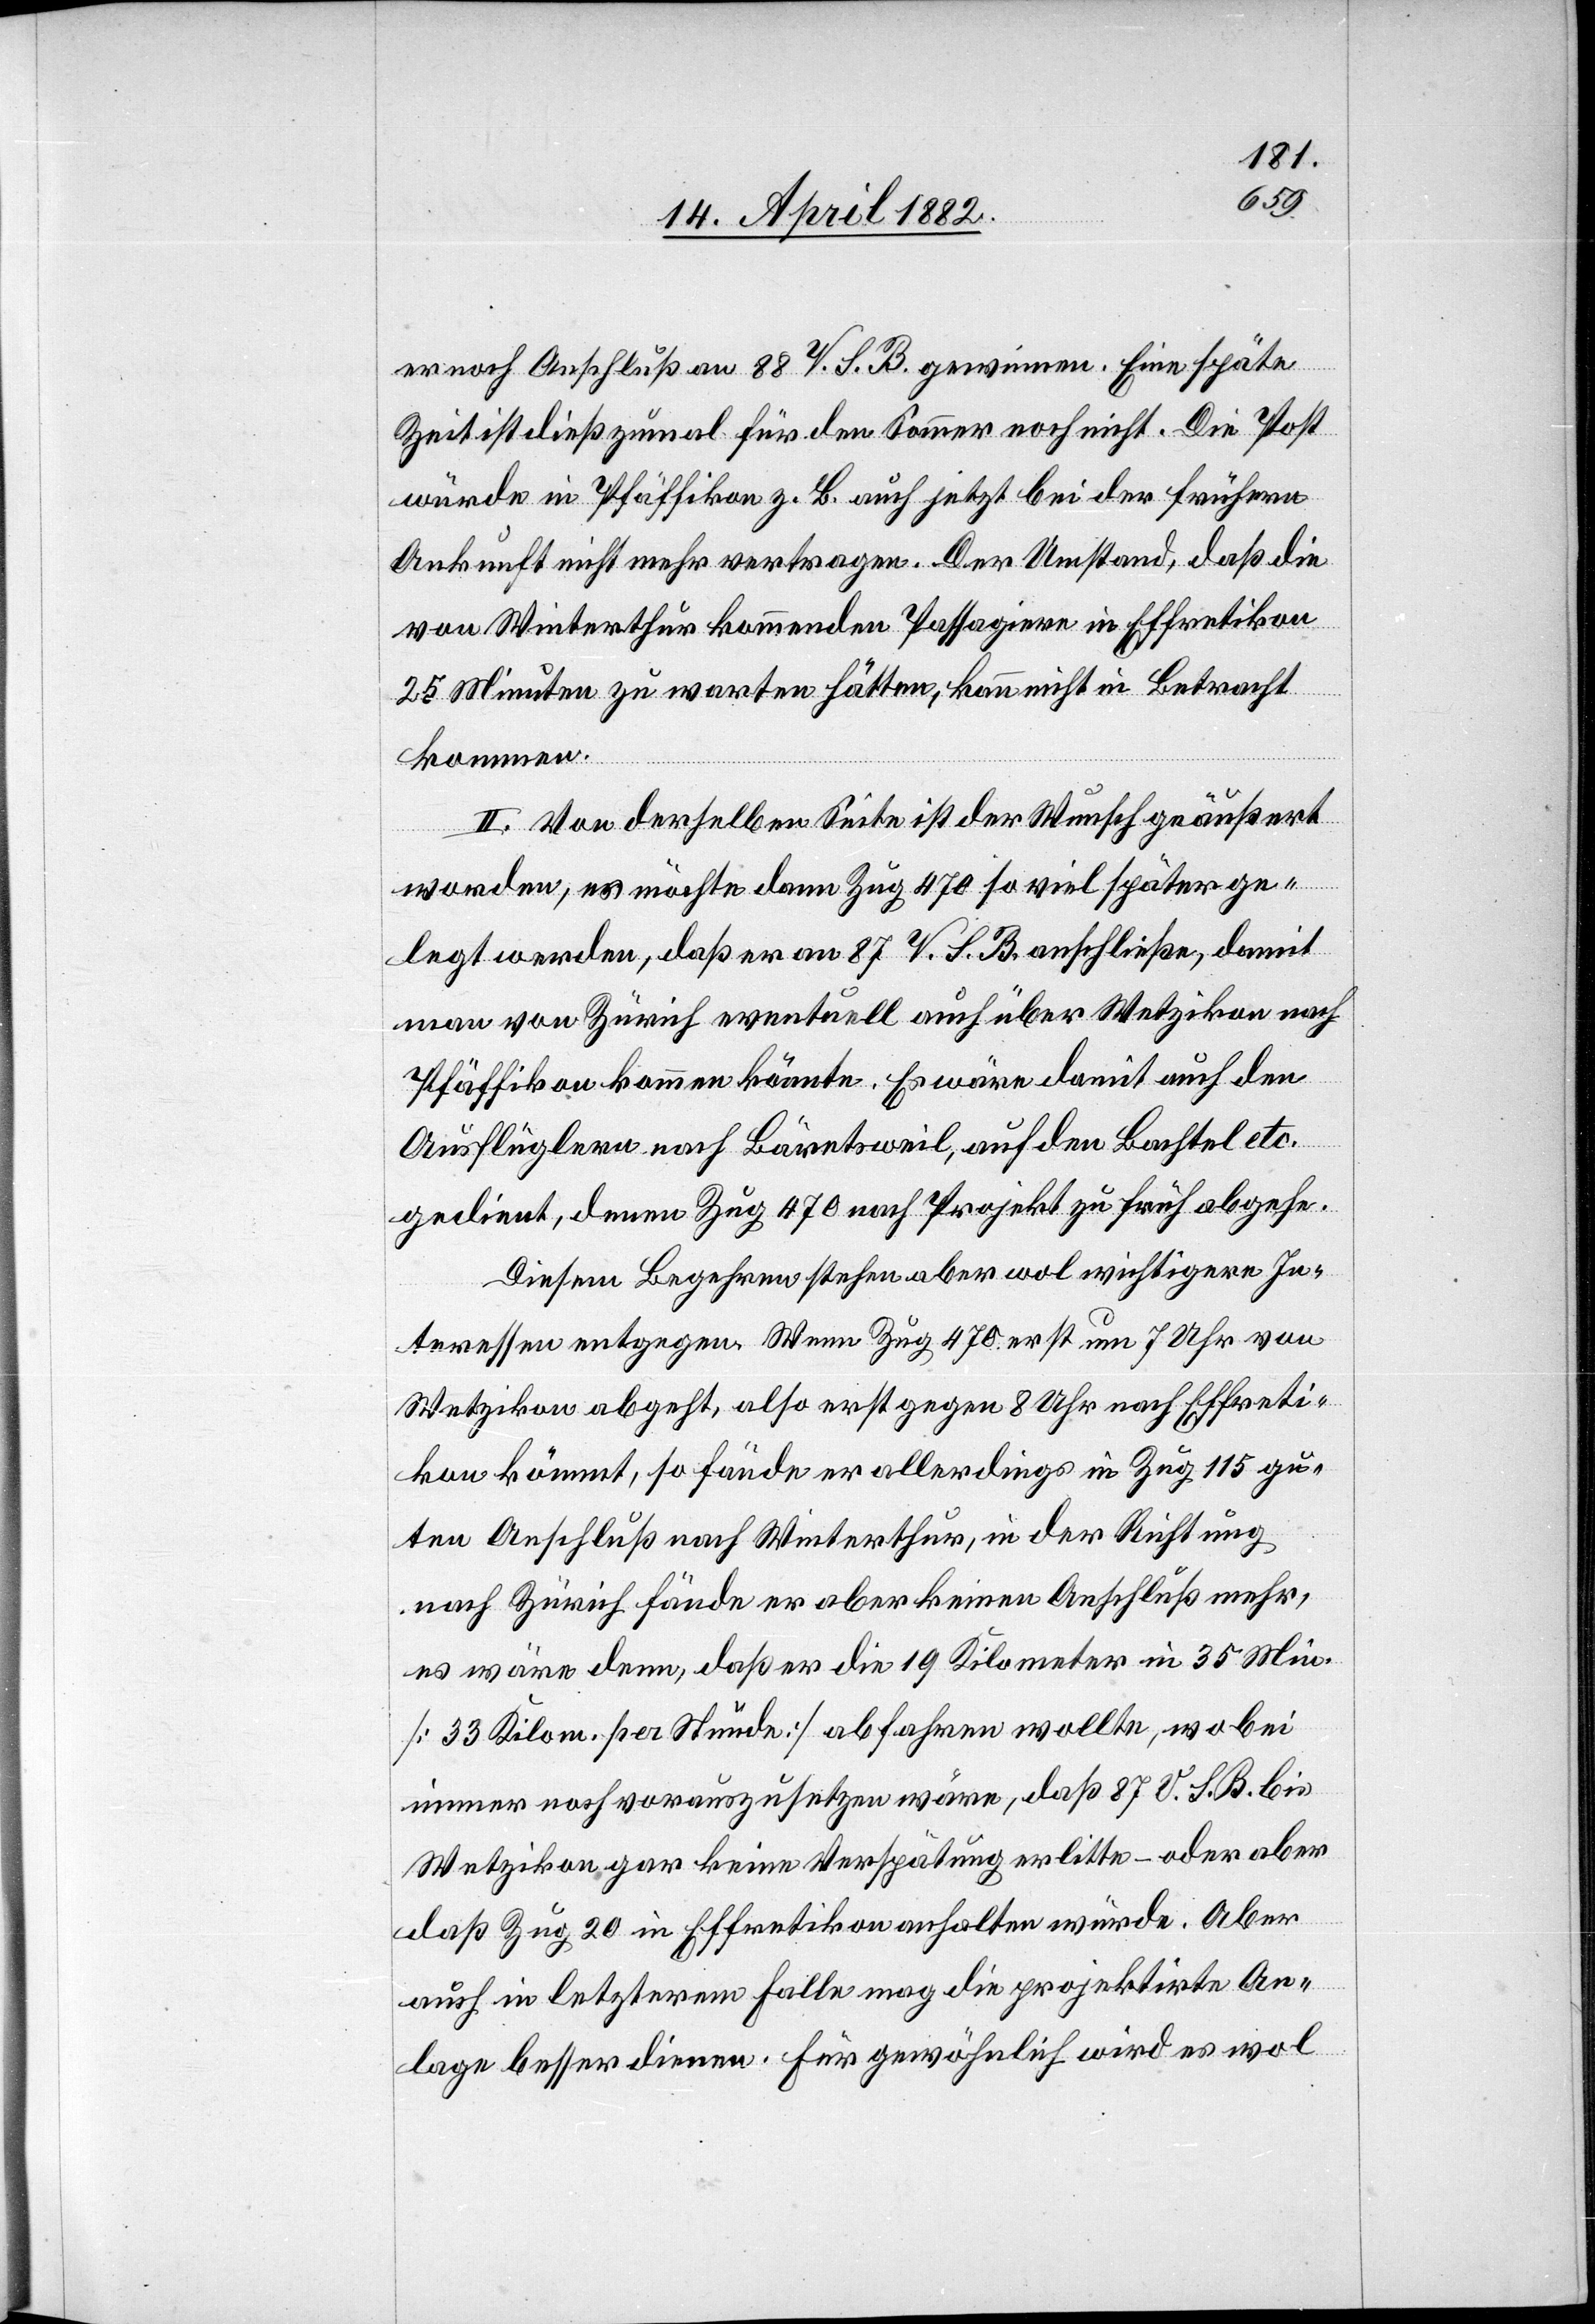
er noch Anschluß an 88 V. S. B. gewinnen. Eine späte
Zeit ist dieß zumal für den Sommer noch nicht. Die Post
würde in Pfäffikon z. B. auch jetzt bei der frühern
Ankunft nicht mehr vertragen. Der Umstand, daß die
von Winterthur kommenden Passagiere in Effretikon
25 Minuten zu warten hätten, kann nicht in Betracht
kommen.
II. Von derselben Seite ist der Wunsch geäußert
worden, es möchte dann Zug 470 so viel später ge¬
legt werden, daß er an 87 V. S. B. anschließe, damit
man von Zürich eventuell auch über Wetzikon nach
Pfäffikon kommen könnte. Es wäre damit auch den
Ausflüglern nach Bäretsweil, auf den Bachtel etc.
gedient, denen Zug 470 nach Projekt zu früh abgehe.
Diesem Begehren stehen aber wol wichtigere In¬
teressen entgegen. Wenn Zug 470 erst um 7 Uhr von
Wetzikon abgeht, also erst gegen 8 Uhr nach Effreti¬
kon kömmt, so fände er allerdings in Zug 115 gu¬
ten Anschluß nach Winterthur, in der Richtung
nach Zürich fände er aber keinen Anschluß mehr,
es wäre denn, daß er die 19 Kilometer in 35 Min.
[33 Kilom. per Stunde] abfahren wollte, wobei
immer noch vorauszusetzen wäre, daß 87 V. S. B. bis
Wetzikon gar keine Verspätung erlitte – oder aber
daß Zug 20 in Effretikon anhalten würde. Aber
auch in letzterem Falle mag die projektirte An¬
lage besser dienen. Für gewöhnlich wird es wol